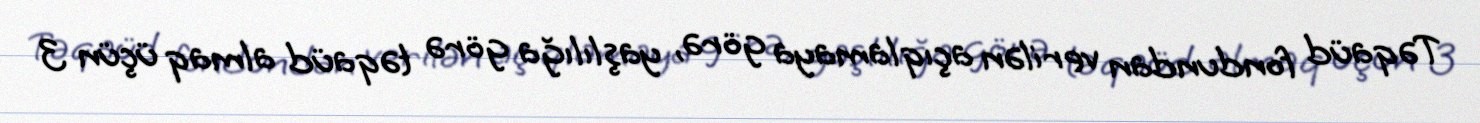
Təqaüd fondundan verilən açıqlamaya görə, yaşlılığa görə təqaüd almaq üçün 3